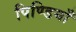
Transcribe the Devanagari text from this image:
पिण्डियाँ